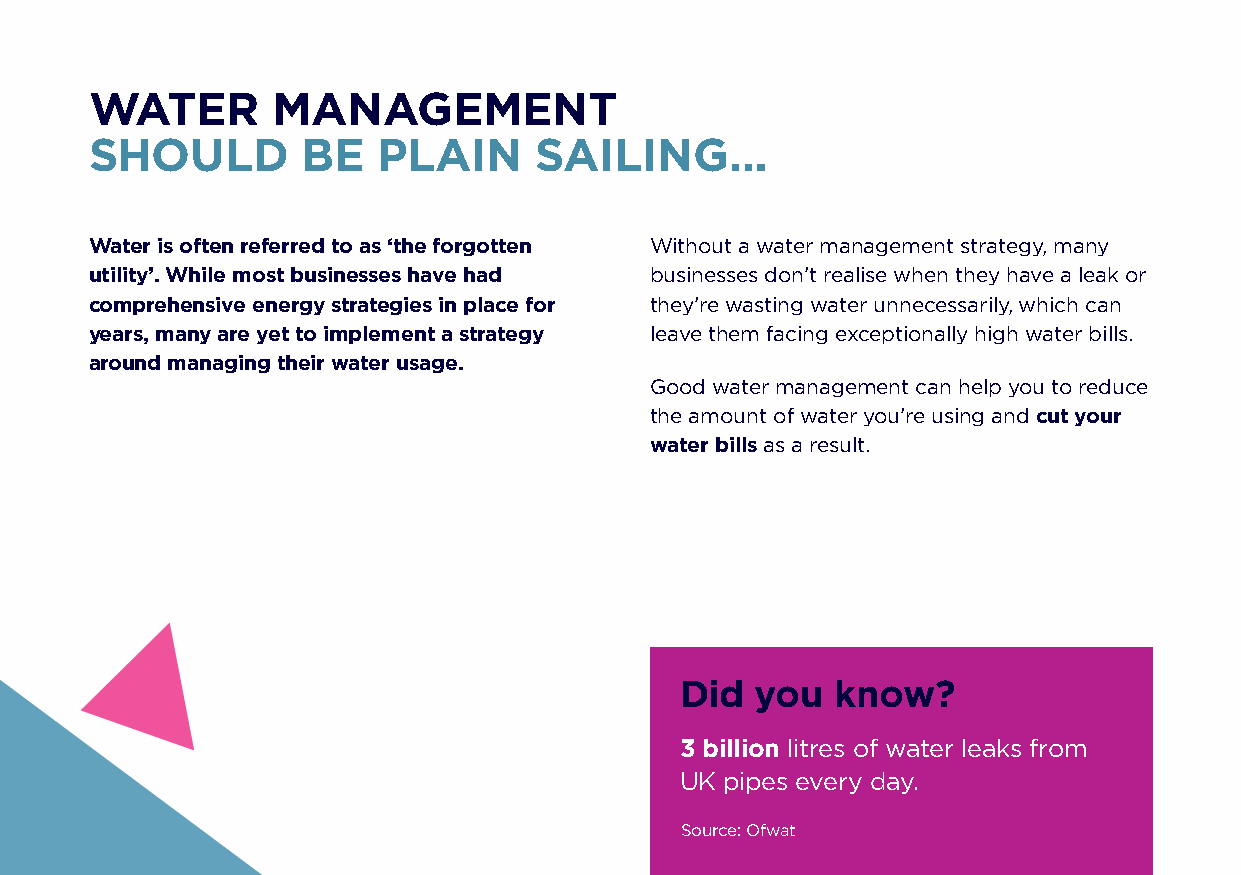
WATER       MANAGEMENT
 SHOULD        BE   PLAIN     SAILING…
 Water is often referred to as ‘the forgotten Without a water management strategy, many
 utility’. While most businesses have had businesses don’t realise when they have a leak or
 comprehensive energy strategies in place for they’re wasting water unnecessarily, which can
 years, many are yet to implement a strategy leave them facing exceptionally high water bills.
 around managing their water usage.
 Good water management can help you to reduce
 the amount of water you’re using and cut your
 water bills as a result.
 Did  you  know?
 3 billion litres of water leaks from
 UK pipes every day.
 Source: Ofwat